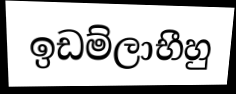
ඉඩම්ලාභීහු